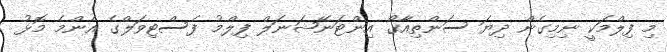
މި ފިލްމަކީ ނިމިގެން ދިޔަ ސަންތިއާގޯ އިންޓަނޭޝަނަލް ފިލްމު ފެސްޓިވަލްގެ އެންމެ މޮޅު